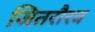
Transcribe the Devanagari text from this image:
जितरौरव